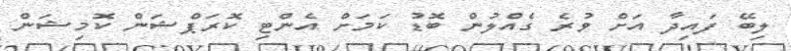
ލިބޭ ފައިދާ އަށް ވުރެ ގެއްލުން ބޮޑު ކަމަށް އެންޓި ކޮރަޕްޝަން ކޮމިޝަން